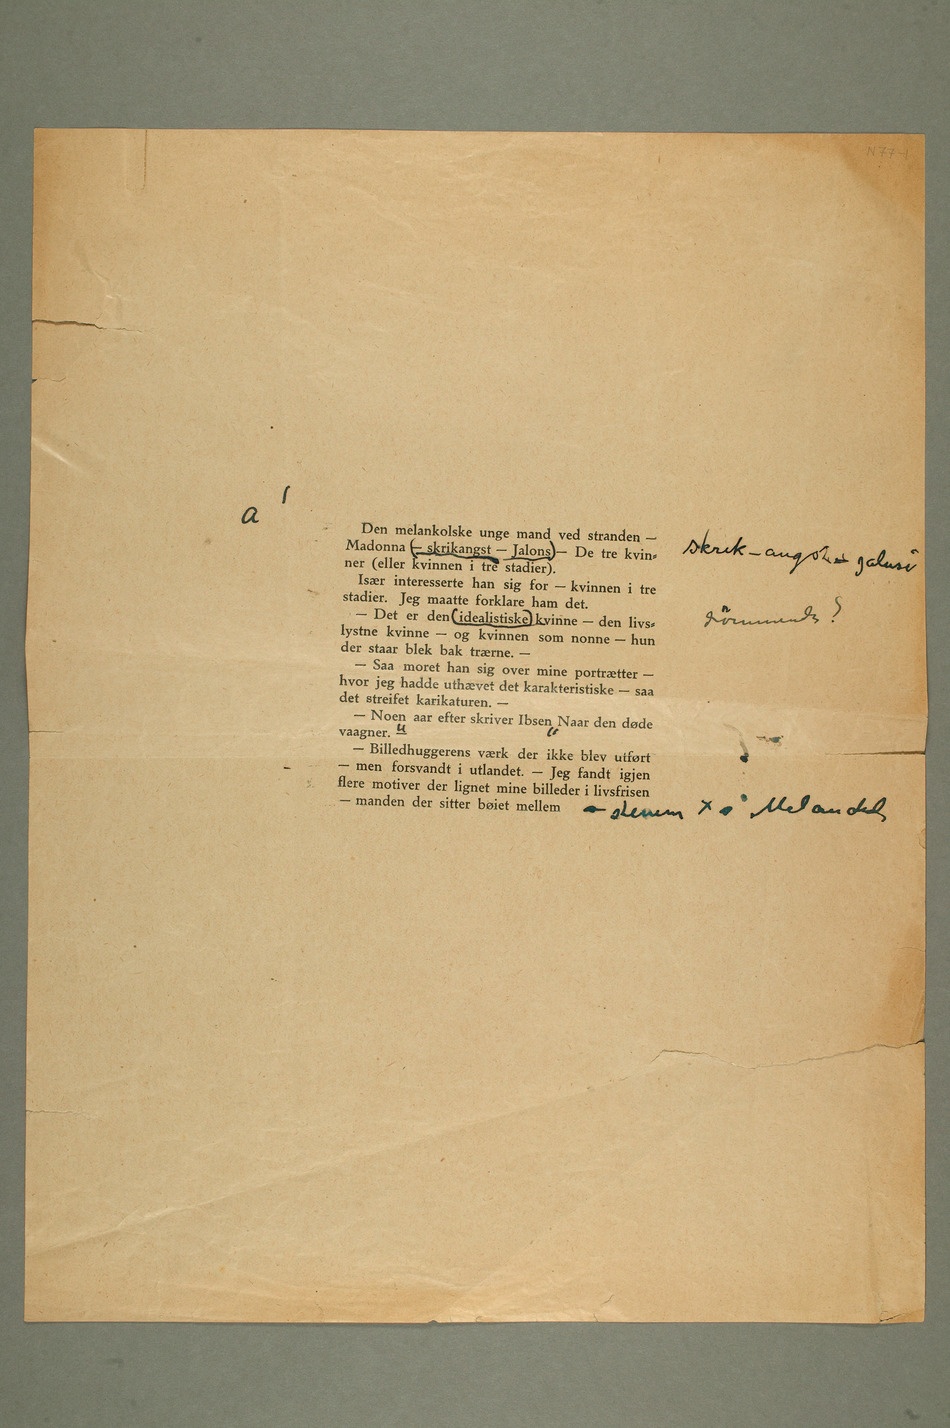
a Den melankolske unge mand ved stranden –
Madonna – skrikangst – Jalonsskrik – angst – jalusi – De tre
Især interesserte han sig for – kvinnen i tre
stadier. Jeg maatte forklare ham det.
lystne kvinne – og kvinnen som nonne – hun
der staar blek bak trærne. –
– Saa moret han sig over mine portrætter –
hvor jeg hadde uthævet det karakteristiske – saa
det streifet karikaturen. –
– Noen aar efter skriver Ibsen «Naar den døde
– Billedhuggerens værk der ikke blev utført
– men forsvandt i utlandet. – Jeg fandt igjen
flere motiver der lignet mine billeder i livsfrisen